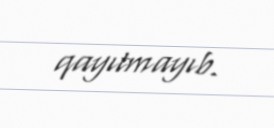
qayıtmayıb.